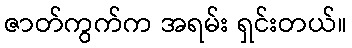
ဇာတ်ကွက်က အရမ်း ရှင်းတယ်။